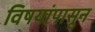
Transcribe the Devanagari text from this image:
विषयांपासून